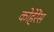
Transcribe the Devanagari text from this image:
कोहेरेंस